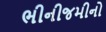
ભીનીજમીનો